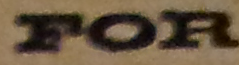
FOR